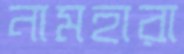
নামহারা